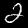
Digit: 2